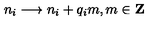
n _ { i } \longrightarrow n _ { i } + q _ { i } m , m \in { \bf Z }